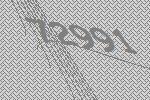
72991